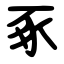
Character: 豖